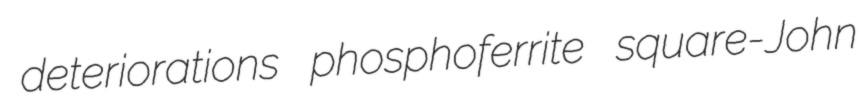
deteriorations phosphoferrite square-John